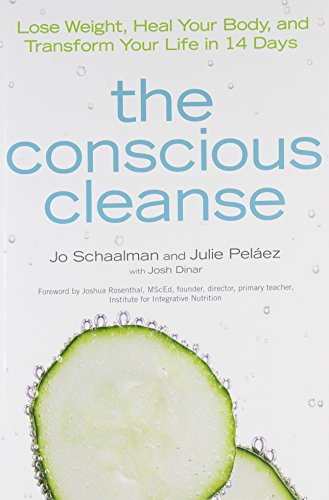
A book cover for The Conscious Cleanse: Lose Weight, Heal Your Body, and Transform Your Life in 14 Days (Complete Idiot's Guides (Lifestyle Paperback)); Jo Schaalman; Health, Fitness & Dieting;